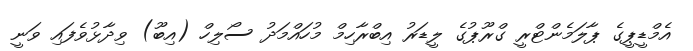
އެމްޑީޕީގެ ޕާލަމެންޓްރީ ގްރޫޕުގެ ލީޑަރު އިބްރާހިމް މުހައްމަދު ސޯލިހް (އިބޫ) ވިދާޅުވެފައި ވަނީ